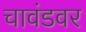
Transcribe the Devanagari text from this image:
चावंडवर